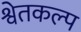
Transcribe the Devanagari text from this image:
श्वेतकल्प